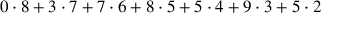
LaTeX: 0 \cdot 8 + 3 \cdot 7 + 7 \cdot 6 + 8 \cdot 5 + 5 \cdot 4 + 9 \cdot 3 + 5 \cdot 2